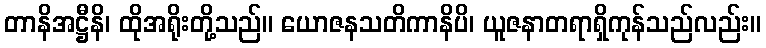
တာနိအဋ္ဌီနိ၊ ထိုအရိုးတို့သည်။ ယောဇနသတိကာနိပိ၊ ယူဇနာတရာရှိကုန်သည်လည်း။